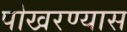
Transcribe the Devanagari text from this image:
पोखरण्यास